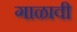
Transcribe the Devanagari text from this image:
गाळावी